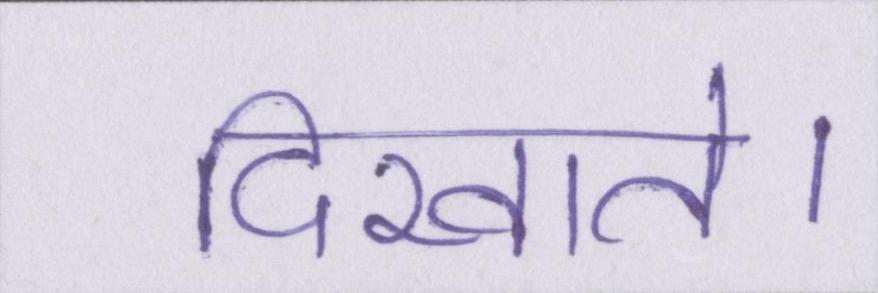
दिखाते।